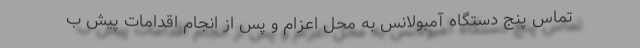
تماس پنج دستگاه آمبولانس به محل اعزام و پس از انجام اقدامات پیش ب